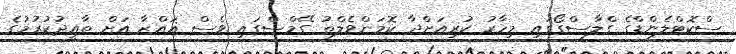
ސްކޮޓްލެންޑްގެ ގްލާސްގޯގައި މިހާރު ކުރިއަށްދާ ކޮމަންވެލްތު ގޭމްސްގައި ވެސް ޣައްޒާ އަށް ތާއީދުކުރުމުގެ